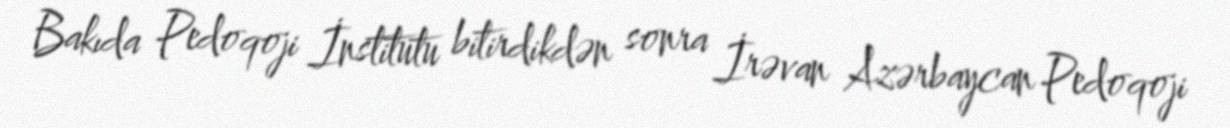
Bakıda Pedoqoji İnstitutu bitirdikdən sonra İrəvan Azərbaycan Pedoqoji